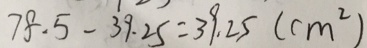
7 8 . 5 - 3 9 . 2 5 = 3 9 . 2 5 ( c m ^ { 2 } )